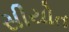
સીયોત